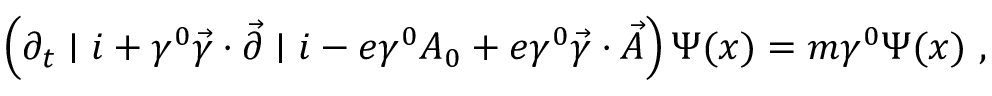
\left( \partial _ { t } \mid i + \gamma ^ { 0 } \vec { \gamma } \cdot \vec { \partial } \mid i - e \gamma ^ { 0 } A _ { 0 } + e \gamma ^ { 0 } \vec { \gamma } \cdot \vec { A } \right) \Psi ( x ) = m \gamma ^ { 0 } \Psi ( x ) ~ ,